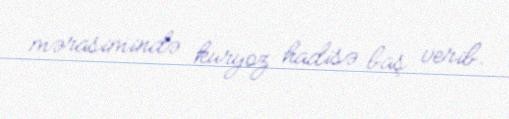
mərasimində kuryoz hadisə baş verib.